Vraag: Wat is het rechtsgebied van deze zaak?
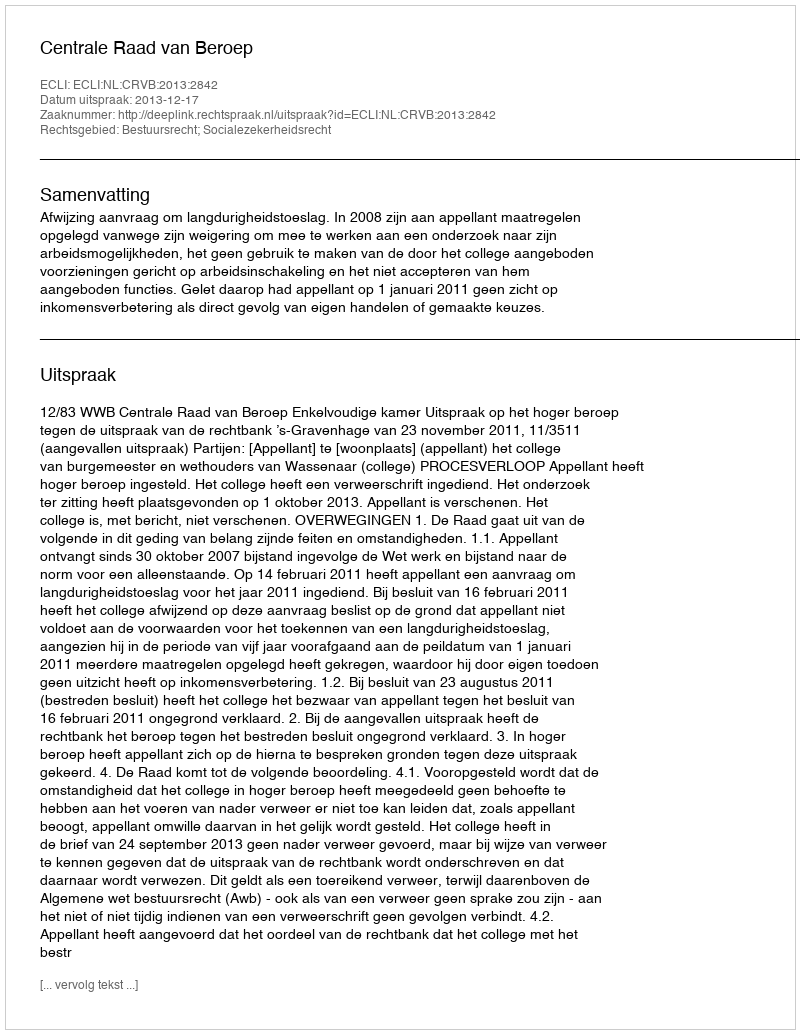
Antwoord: Bestuursrecht; Socialezekerheidsrecht